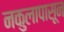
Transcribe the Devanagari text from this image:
नकुलापासून